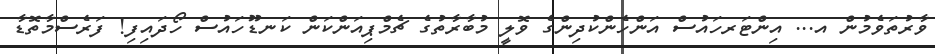
ވާރުތަވެމުން އ... އިންޓަރހައުސް އަންހެންކުދިންގެ ވޮލީ މުބާރާތުގެ ޗެމްޕިއަންކަން ކަނޑޫހައުސް ހޯދައިފި! ފަރެސްމާތޮޑާ